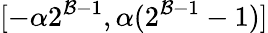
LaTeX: [-\alpha2^{\mathcal{B}-1},\alpha(2^{\mathcal{B}-1}-1)]